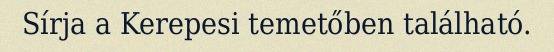
Sírja a Kerepesi temetőben található.